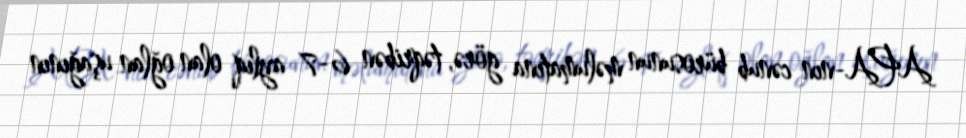
APA-nın cənub bürosunun məlumatına görə, təqribən 6-7 aylıq olan oğlan uşağının